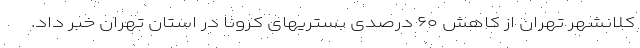
کلانشهر تهران از کاهش ۶۰ درصدی بستریهای کرونا در استان تهران خبر داد.